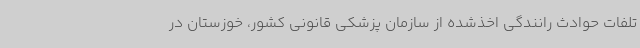
تلفات حوادث رانندگی اخذشده از سازمان پزشکی قانونی کشور، خوزستان در